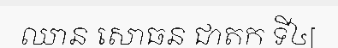
ឈាន សោធន ជាតក ទី៤[